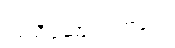
ကူညီဆောင်ရွက်ပေး